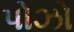
પોઝો